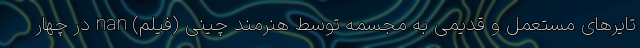
تایرهای مستعمل و قدیمی به مجسمه‌ توسط هنرمند چینی (فیلم) nan در چهار